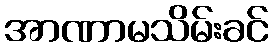
အာဏာမသိမ်းခင်